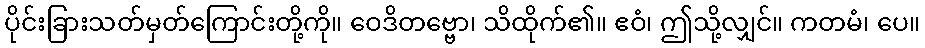
ပိုင်းခြားသတ်မှတ်ကြောင်းတို့ကို။ ဝေဒိတဗ္ဗော၊ သိထိုက်၏။ ဧဝံ၊ ဤသို့လျှင်။ ကတမံ၊ ပေ။